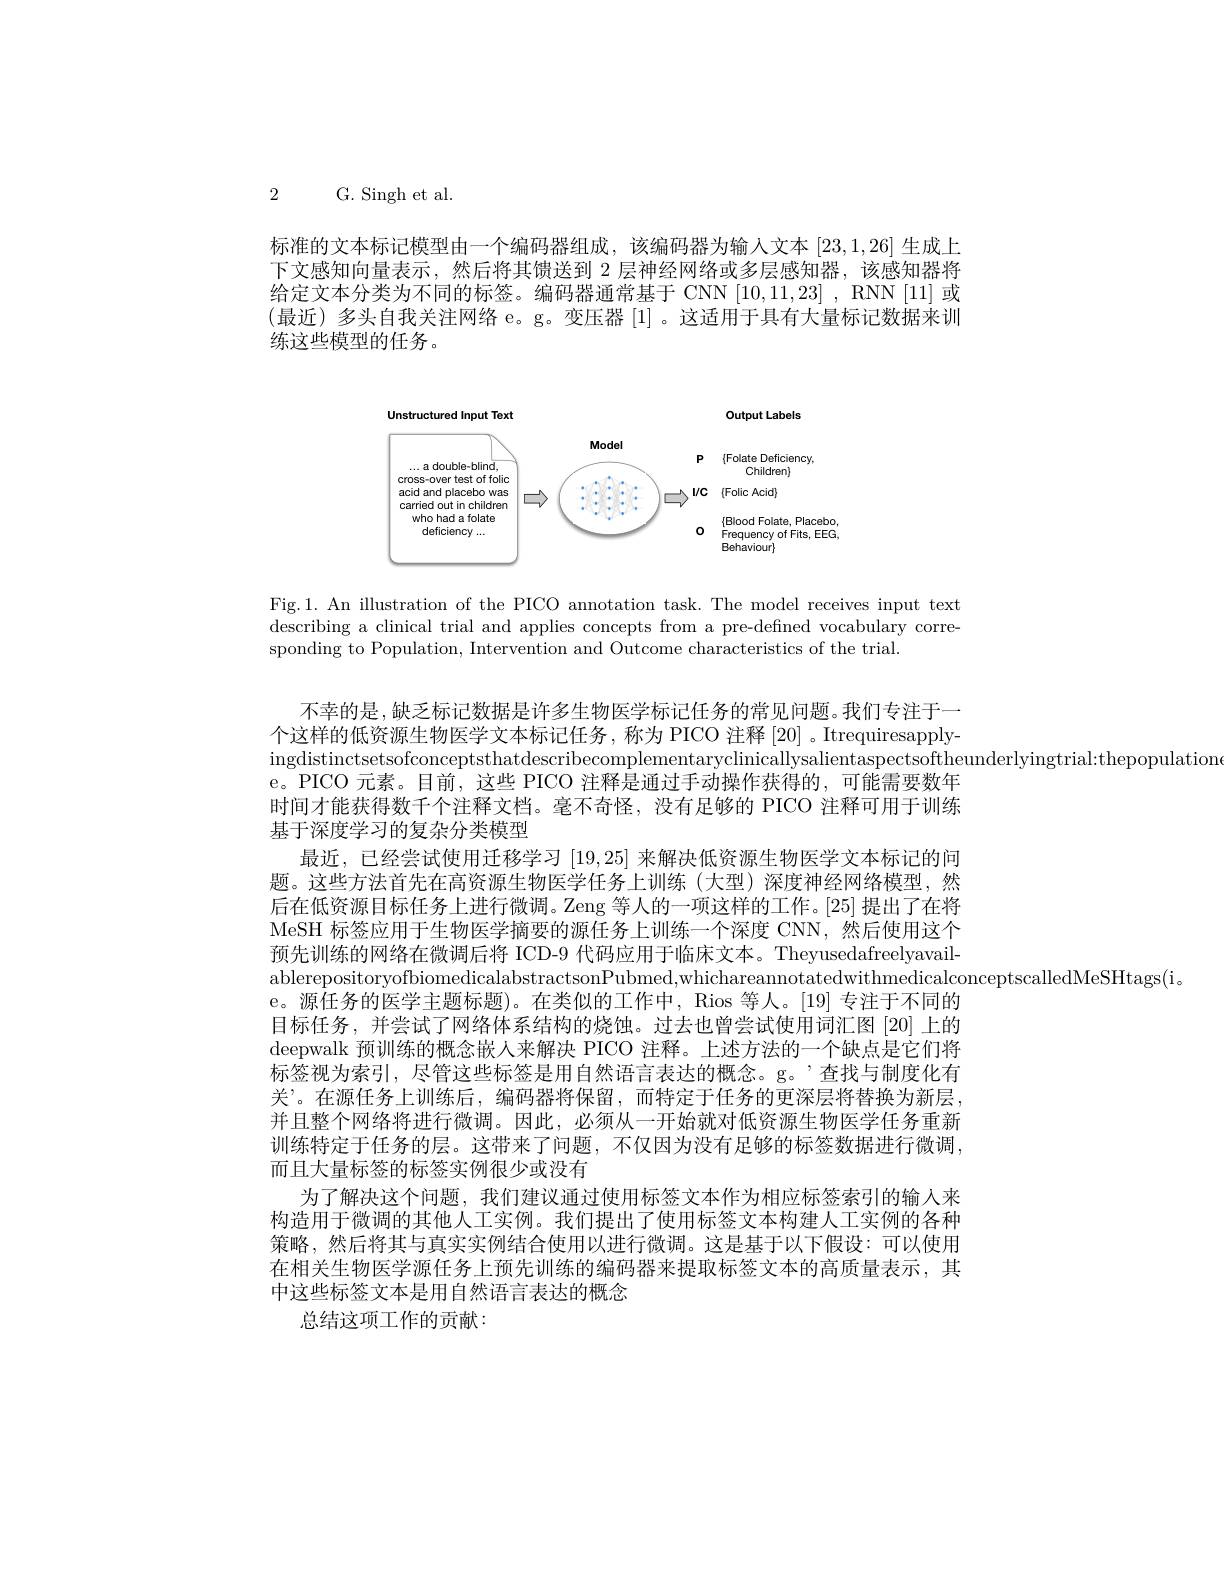
2 G. Singh et al.
标准的文本标记模型由一个编码器组成，该编码器为输人文本[23,1,26]生成上下文感知向量表示，然后将其馈送到 2 层神经网络或多层感知器，该感知器将给定文本分类为不同的标签。编码器通常基于 CNN [10,11,23] , RNN [11] 或(最近)多头自我关注网络 e。g。变压器 [1]。这适用于具有大量标记数据来训练这些模型的任务。

<FigureHere>

Fig.1. An illustration of the PICO annotation task. The model receives input text describing a clinical trial and applies concepts from a pre-defined vocabulary corresponding to Population, Intervention and Outcome characteristics of the trial.

不幸的是，缺乏标记数据是许多生物医学标记任务的常见问题。我们专注于一个这样的低资源生物医学文本标记任务，称为 PICO 注释 [20] 。Itrequiresapplyingdistinctsetsofconceptsthatdescribecomplementaryclinicallysalientaspectsoftheunderlyingtrial: thepopulation
e。PICO 元素。目前，这些 PICO 注释是通过手动操作获得的，可能需要数年时间才能获得数千个注释文档。毫不奇怪，没有足够的 PICO 注释可用于训练基于深度学习的复杂分类模型
最近，已经尝试使用迁移学习[19,25]来解决低资源生物医学文本标记的问题。这些方法首先在高资源生物医学任务上训练(大型)深度神经网络模型，然后在低资源目标任务上进行微调。Zeng 等人的一项这样的工作。[25] 提出了在将MeSH 标签应用于生物医学摘要的源任务上训练一个深度 CNN,然后使用这个预先训练的网络在微调后将 ICD-9 代码应用于临床文本。TheyusedafreelyavailablerepositoryofbiomedicalabstractsonPubmed,whichareannotatedwithmedicalconceptscalledMeSHtags(i.
e。源任务的医学主题标题)。在类似的工作中，Rios 等人。[19] 专注于不同的目标任务，并尝试了网络体系结构的烧蚀。过去也曾尝试使用词汇图[20]上的deepwalk 预训练的概念嵌人来解决 PICO 注释。上述方法的一个缺点是它们将标签视为索引，尽管这些标签是用自然语言表达的概念。g。’查找与制度化有关”。在源任务上训练后，编码器将保留，而特定于任务的更深层将替换为新层， 并且整个网络将进行微调。因此，必须从一开始就对低资源生物医学任务重新训练特定于任务的层。这带来了问题，不仅因为没有足够的标签数据进行微调， 而且大量标签的标签实例很少或没有
为了解决这个问题，我们建议通过使用标签文本作为相应标签索引的输入来构造用于微调的其他人工实例。我们提出了使用标签文本构建人工实例的各种策略，然后将其与真实实例结合使用以进行微调。这是基于以下假设：可以使用在相关生物医学源任务上预先训练的编码器来提取标签文本的高质量表示，其中这些标签文本是用自然语言表达的概念
总结这项工作的贡献：